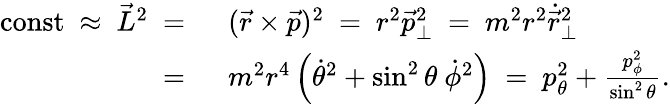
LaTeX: \begin{array}{rl}{\mathrm{const}~\approx~\vec{L}^{2}~=~}&{(\vec{r}\times\vec{p})^{2}~=~r^{2}\vec{p}_{\perp}^{2}~=~m^{2}r^{2}\dot{\vec{r}}_{\perp}^{2}}\\ {~=~}&{m^{2}r^{4}\left(\dot{\theta}^{2}+\sin^{2}\theta~\dot{\phi}^{2}\right)~=~p_{\theta}^{2}+\frac{p_{\phi}^{2}}{\sin^{2}\theta}.}\end{array}